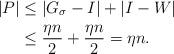
LaTeX: \begin{align*} |P| &\leq |G_\sigma - I| + \left \vert I - W \right \vert \\ & \leq \frac{\eta n}{2} + \frac{\eta n}{2} = \eta n. \end{align*}